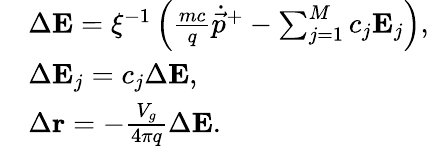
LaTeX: \begin{array}{rl}&{\Delta\mathbf{E}=\xi^{-1}\left(\frac{mc}{q}\dot{\vec{p}}^{+}-\sum_{j=1}^{M}c_{j}\mathbf{E}_{j}\right),}\\ &{\Delta\mathbf{E}_{j}=c_{j}\Delta\mathbf{E},}\\ &{\Delta\mathbf{r}=-\frac{V_{g}}{4\pi q}\Delta\mathbf{E}.}\end{array}